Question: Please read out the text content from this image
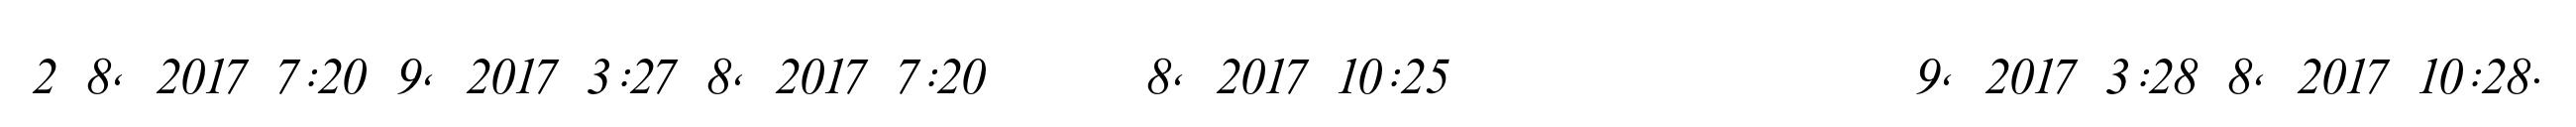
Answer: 2 8, 2017 7:20 9, 2017 3:27 8, 2017 7:20 ????? 8, 2017 10:25 ???????????????????? 9, 2017 3:28 8, 2017 10:28.